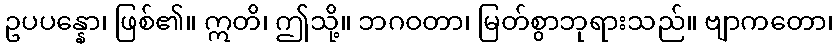
ဥပပန္နော၊ ဖြစ်၏။ ဣတိ၊ ဤသို့။ ဘဂဝတာ၊ မြတ်စွာဘုရားသည်။ ဗျာကတော၊